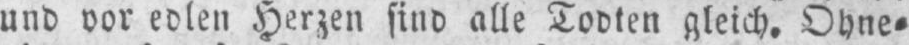
und vor edlen Herzen sind alle Todten gleich. Ohne⸗